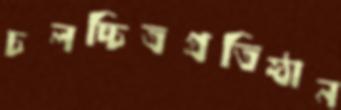
চলচ্চিত্রপ্রতিষ্ঠান